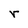
Character: r